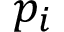
p _ { i }